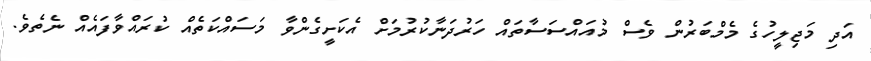
އަދި މަޖިލީހުގެ މެމްބަރުން ވެސް މުއައްސަސާތައް ހަރުދަނާކުރުމަށް އެކަށީގެންވާ މަސައްކަތެއް ކުރައްވާފައެއް ނެތެވެ.